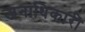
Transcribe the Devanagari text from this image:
जनाधिकारी